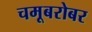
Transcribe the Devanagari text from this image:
चमूबरोबर